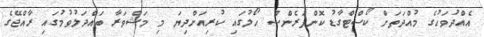
އެއްދުވަހުގެ މުއްދަތަށް ކޯސްޓްގާޑު ކޮންފަރެންސް ހޯލުގައި ކުރިއަށްދިޔަ މި މަޝްވަރާ ބައްދަލުވުމުގައި ރާއްޖޭގެ